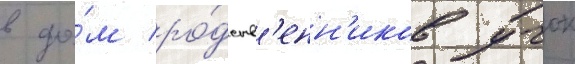
в до́м ро́дств'енн'иков учок